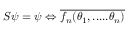
S \psi = \psi \Leftrightarrow \overline { { { f _ { n } ( \theta _ { 1 } , . . . . . \theta _ { n } ) } } }